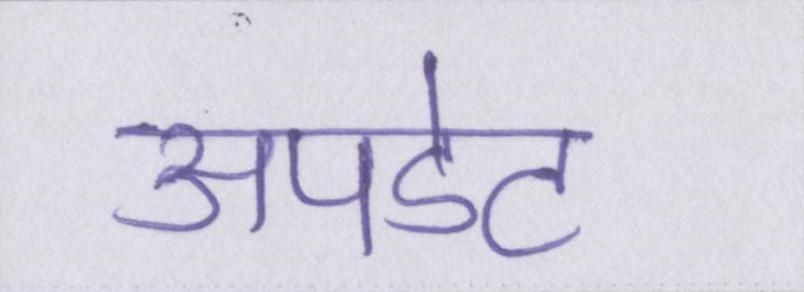
अपडेट